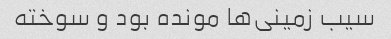
سیب زمینی‌ها مونده بود و سوخته